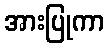
အားပြုကာ